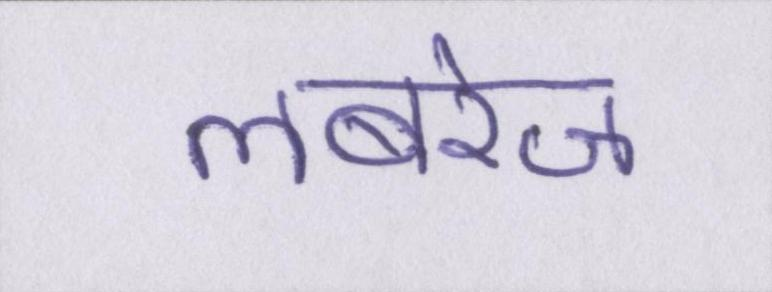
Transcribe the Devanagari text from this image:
लबरेज